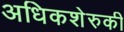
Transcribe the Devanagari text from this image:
अधिकशेरुकी